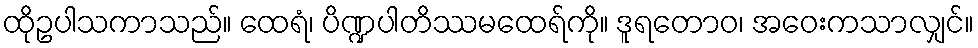
ထိုဥပါသကာသည်။ ထေရံ၊ ပိဏ္ဍပါတိဿမထေရ်ကို။ ဒူရတောဝ၊ အဝေးကသာလျှင်။